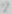
Text: 2